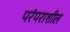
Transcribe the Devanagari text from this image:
परंपराशील